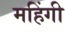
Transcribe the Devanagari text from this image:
महिंगी